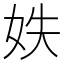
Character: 妷